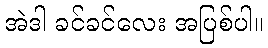
အဲဒါ ခင်ခင်လေး အပြစ်ပါ။